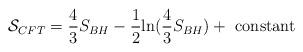
LaTeX: \begin{align*}{\cal S}_{CFT}=\frac{4}{3}S_{BH}-\frac{1}{2} {\rm ln}(\frac{4}{3}S_{BH})+~{\rm constant}\end{align*}